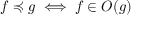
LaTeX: f \preccurlyeq g \iff f \in O ( g )